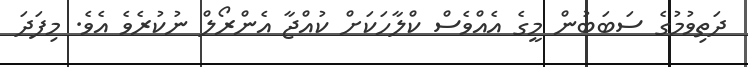
ދަތިވުމުގެ ސަބަބުން މީގެ އެއްވެސް ކްލާހަކަށް ކުއްޖާ އެންރޯލް ނުކުރެވެ އެވެ. މިފަދަ